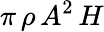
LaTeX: \pi\, \rho\, A^{2}\, H